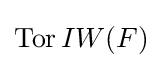
\operatorname {Tor} IW(F)